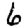
Digit: 6